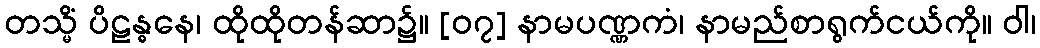
တသ္မိံ ပိဠန္ဓနေ၊ ထိုထိုတန်ဆာ၌။ [၀၇] နာမပဏ္ဏကံ၊ နာမည်စာရွက်ငယ်ကို။ ဝါ၊